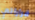
قراراتي